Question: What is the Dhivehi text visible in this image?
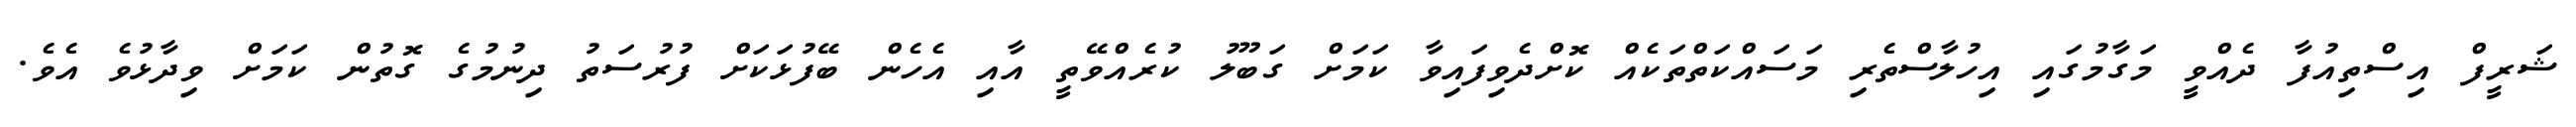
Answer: ޝަރީފް އިސްތިއުފާ ދެއްވީ މަގާމުގައި އިހުލާސްތެރި މަސައްކަތްތަކެއް ކޮށްދެވިފައިވާ ކަމަށް ގަބޫލު ކުރެއްވޭތީ އާއި އެހެން ބޭފުޅަކަށް ފުރުސަތު ދިނުމުގެ ގޮތުން ކަމަށް ވިދާޅުވެ އެވެ.